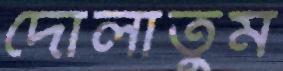
দোলাতুম